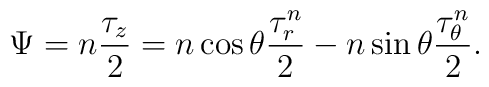
\Psi=n\frac{\tau_z}{2}=n \cos \theta \frac{\tau_{r}^n}{2} - n \sin \theta \frac{\tau_{\theta}^n}{2}.